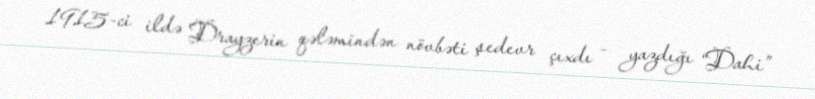
1915-ci ildə Drayzerin qələmindən növbəti şedevr çıxdı - yazdığı “Dahi”